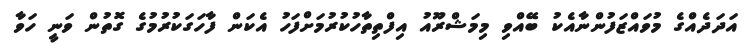
އަދަދެއްގެ މުވައްޒަފުންނާއެކު ބޭއްވި މިމަޝްރޫއު އިފްތިތާހުކުރުމަށްފަހު އެކަން ފާހަގަކުރުމުގެ ގޮތުން ވަނީ ހަވާ